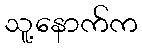
သူ့နောက်က